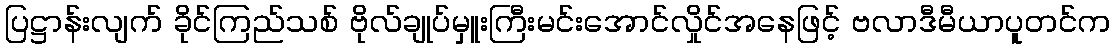
ပြဋ္ဌာန်းလျက် ခိုင်ကြည်သစ် ဗိုလ်ချုပ်မှူးကြီးမင်းအောင်လှိုင်အနေဖြင့် ဗလာဒီမီယာပူတင်က